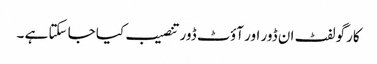
کارگو لفٹ ان ڈور اور آؤٹ ڈور تنصیب کیا جا سکتا ہے ۔